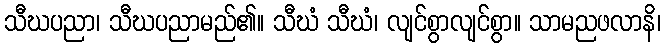
သီဃပညာ၊ သီဃပညာမည်၏။ သီဃံ သီဃံ၊ လျင်စွာလျင်စွာ။ သာမညဖလာနိ၊